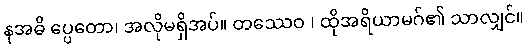
နအဓိ ပ္ပေတော၊ အလိုမရှိအပ်။ တဿေဝ ၊ ထိုအရိယာမဂ်၏ သာလျှင်။